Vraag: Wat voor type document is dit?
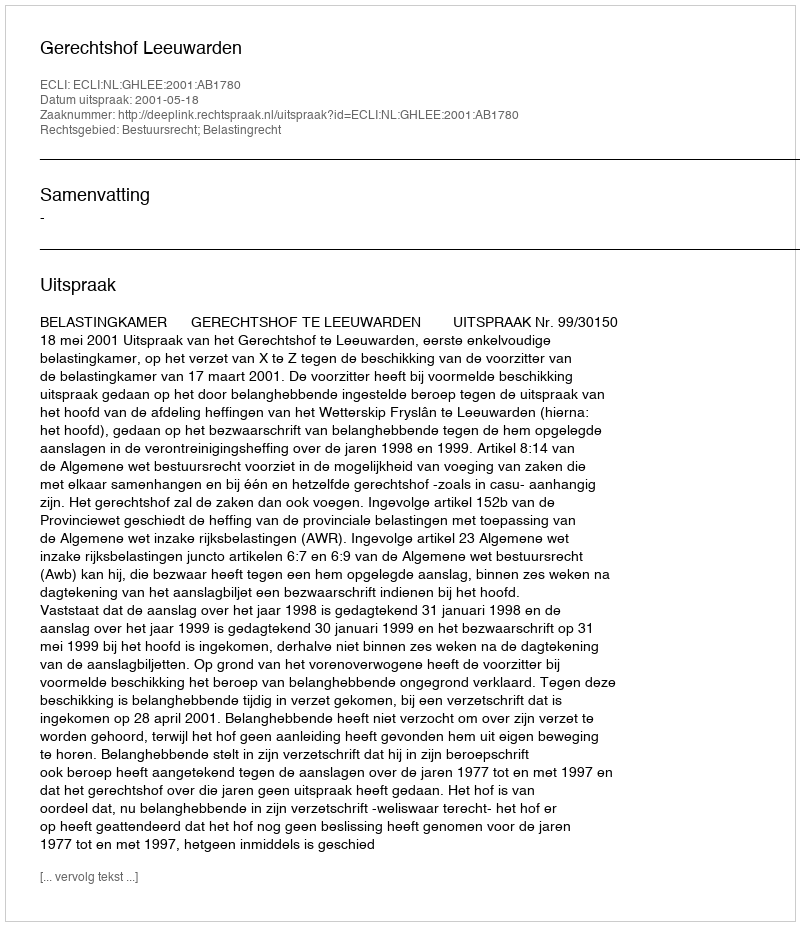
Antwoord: Uitspraak